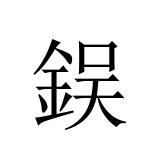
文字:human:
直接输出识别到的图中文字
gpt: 鋘